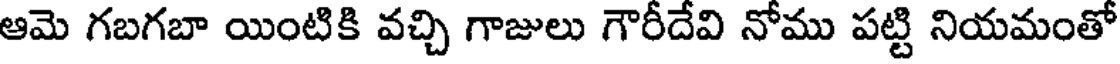
ఆమె గబగబా యింటికి వచ్చి గాజులు గౌరీదేవి నోము పట్టి నియమంతో